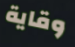
وقاية